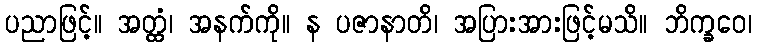
ပညာဖြင့်။ အတ္ထံ၊ အနက်ကို။ န ပဇာနာတိ၊ အပြားအားဖြင့်မသိ။ ဘိက္ခဝေ၊